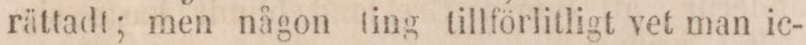
rättadt; men någon ting tillförlitligt vet man ic-